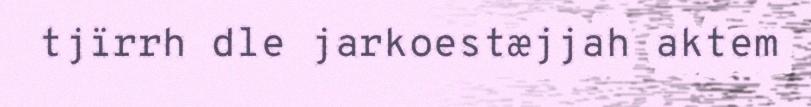
tjïrrh dle jarkoestæjjah aktem